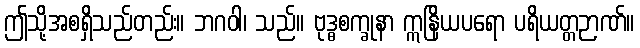
ဤသို့အစရှိသည်တည်း။ ဘဂဝါ၊ သည်။ ဗုဒ္ဓစက္ခုနာ ဣနြိယပရော ပရိယတ္တဉာဏ်။